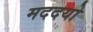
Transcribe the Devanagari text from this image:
मददयो